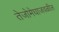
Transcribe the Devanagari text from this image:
तेजोमेघाजवळील